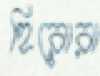
হিরোরা